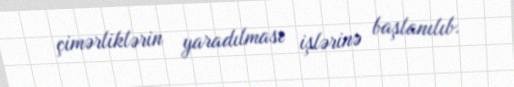
çimərliklərin yaradılması işlərinə başlanılıb.